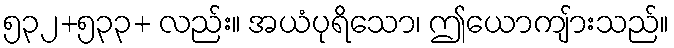
၅၃၂+၅၃၃+ လည်း။ အယံပုရိသော၊ ဤယောကျ်ားသည်။